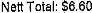
NETT TOTAL: $6.60